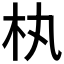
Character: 𣏒